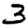
Digit: 3